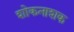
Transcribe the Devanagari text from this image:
शोकनाशक